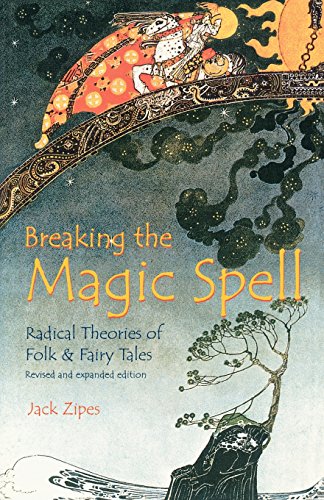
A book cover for Breaking the Magic Spell: Radical Theories of Folk and Fairy Tales; Jack Zipes; Science Fiction & Fantasy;